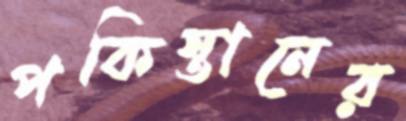
পকিস্তানের